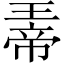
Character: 𪼀